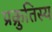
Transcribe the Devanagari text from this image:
प्रक्रुतिस्य